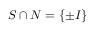
S \cap N = \{ \pm I \}